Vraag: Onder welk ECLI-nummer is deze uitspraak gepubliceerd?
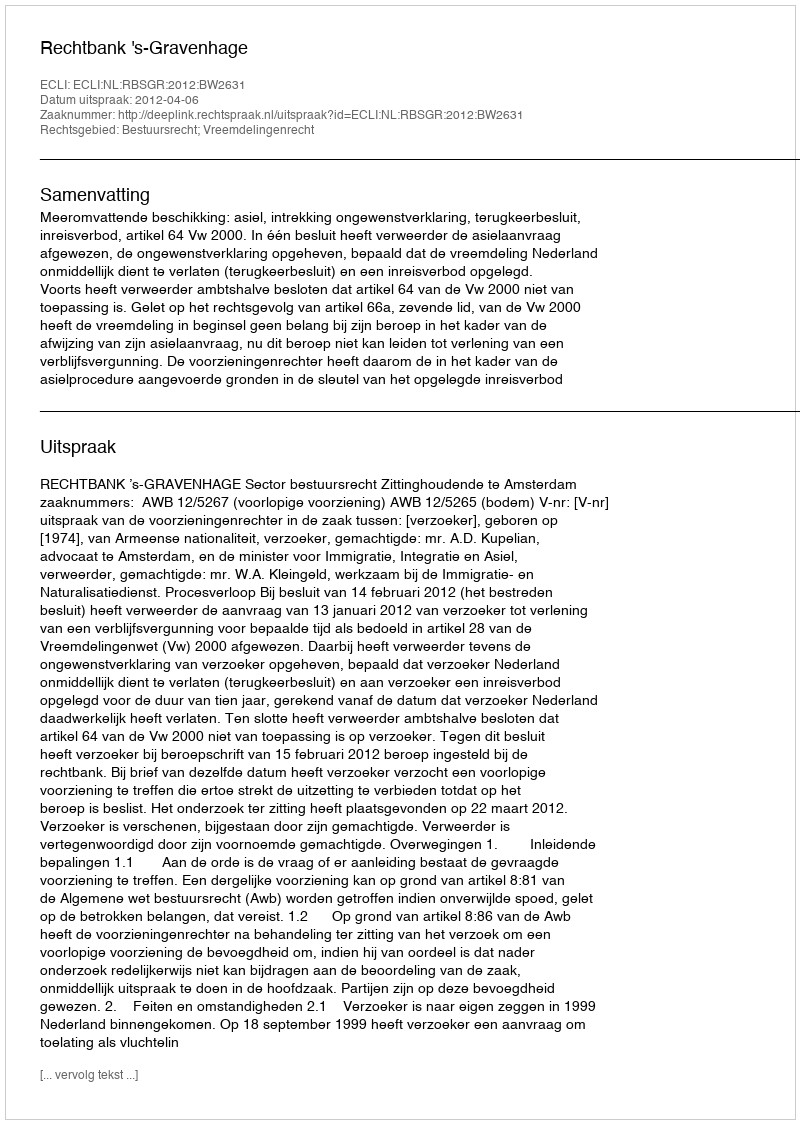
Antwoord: ECLI:NL:RBSGR:2012:BW2631